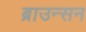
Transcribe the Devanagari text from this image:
ब्राउन्सन